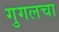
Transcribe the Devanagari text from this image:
गुगलचा